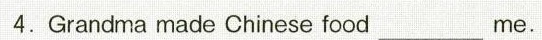
4.Grandma made Chinese food ___ me.